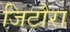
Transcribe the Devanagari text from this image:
जिटौरा